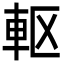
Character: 𮝀